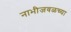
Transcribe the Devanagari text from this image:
नाभीजवळच्या